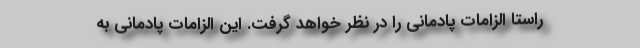
راستا الزامات پادمانی را در نظر خواهد گرفت. این الزامات پادمانی به